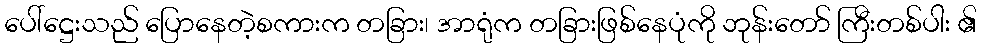
ပေါ်ဋ္ဌေးသည် ပြောနေတဲ့စကားက တခြား၊ အာရုံက တခြားဖြစ်နေပုံကို ဘုန်းတော် ကြီးတစ်ပါး ၏